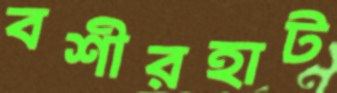
বশীরহাট